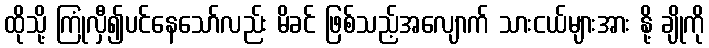
ထိုသို့ ကြုံလှီ၍ပင်နေသော်လည်း မိခင် ဖြစ်သည့်အလျောက် သားငယ်များအား နို့ ချိုကို